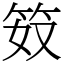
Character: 笯